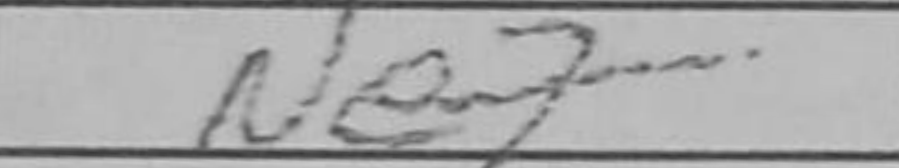
Transcription: Ne7